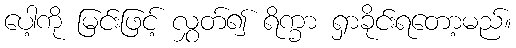
ပေါ့ကို မြင်းဖြင့် လွှတ်၍ ရိက္ခာ ရှာခိုင်းရတော့မည်။